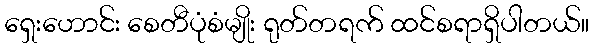
ရှေးဟောင်း စေတီပုံစံမျိုး ရုတ်တရက် ထင်စရာရှိပါတယ်။